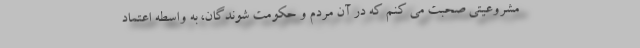
مشروعیتی صحبت می کنم که در آن مردم و حکومت شوندگان، به واسطه اعتماد